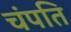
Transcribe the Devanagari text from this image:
चंपति